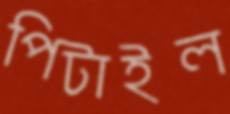
পিটাইল